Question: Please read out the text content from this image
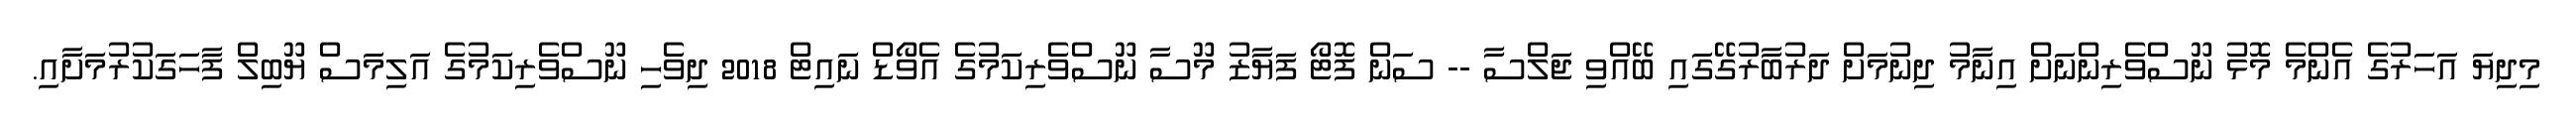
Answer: މިދިޔަ އަހަރުގެ އެންމެ މޮޅު ނޫސްވެރިންނަށް އިނާމު ދިނުމަށް ދަރުބާރުގޭގައި ބޭއްވި ޖަލްސާ -- ސަން ފޮޓޯ ފަޔާޒު މޫސާ ނޫސްވެރިކަމުގެ އެވޯޑް ނައިޓް 2018 ދިވެހި ނޫސްވެރިކަމުގެ އަލިމަސް ޔޫބިލް ފާހަގަކުރުމަށާއި.